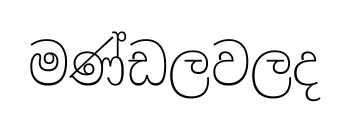
මණ්ඩලවලද